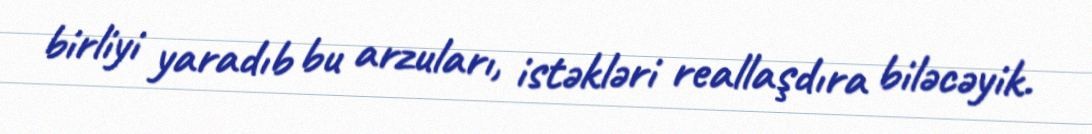
birliyi yaradıb bu arzuları, istəkləri reallaşdıra biləcəyik.